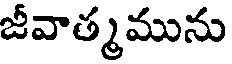
జీవాత్మమును